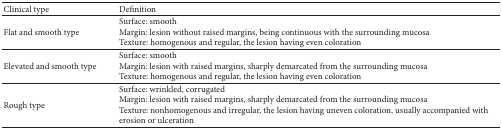
| Clinical type | Definition |
 | --- | --- |
 | Flat and smooth type | Surface: smoothMargin: lesion without raised margins, being continuous with the surrounding mucosaTexture: homogenous and regular, the lesion having even coloration |
 | Elevated and smooth type | Surface: smoothMargin: lesion with raised margins, sharply demarcated from the surrounding mucosaTexture: homogenous and regular, the lesion having even coloration |
 | Rough type | Surface: wrinkled, corrugatedMargin: lesion with raised margins, sharply demarcated from the surrounding mucosaTexture: nonhomogenous and irregular, the lesion having uneven coloration, usually accompanied with erosion or ulceration |